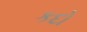
કદો